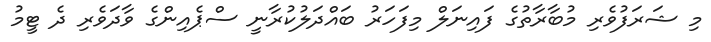
މި ޝަރަފުވެރި މުބާރާތުގެ ފައިނަލް މިފަހަރު ބައްދަލުކުރާނީ ސްޕެއިންގެ ވާދަވެރި ދެ ޓީމު